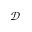
\mathcal { D }